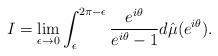
LaTeX: \begin{align*} I = \lim_{\epsilon \to 0} \int_{\epsilon}^{2\pi - \epsilon} \frac{e^{i\theta}}{e^{i\theta}-1} d\hat{\mu}(e^{i \theta}) .\end{align*}